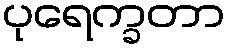
ပုရေက္ခတာ